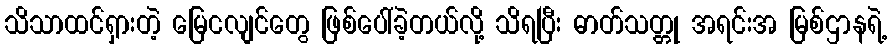
သိသာထင်ရှားတဲ့ မြေငလျင်တွေ ဖြစ်ပေါ်ခဲ့တယ်လို့ သိရပြီး ဓာတ်သတ္တု အရင်းအ မြစ်ဌာနရဲ့